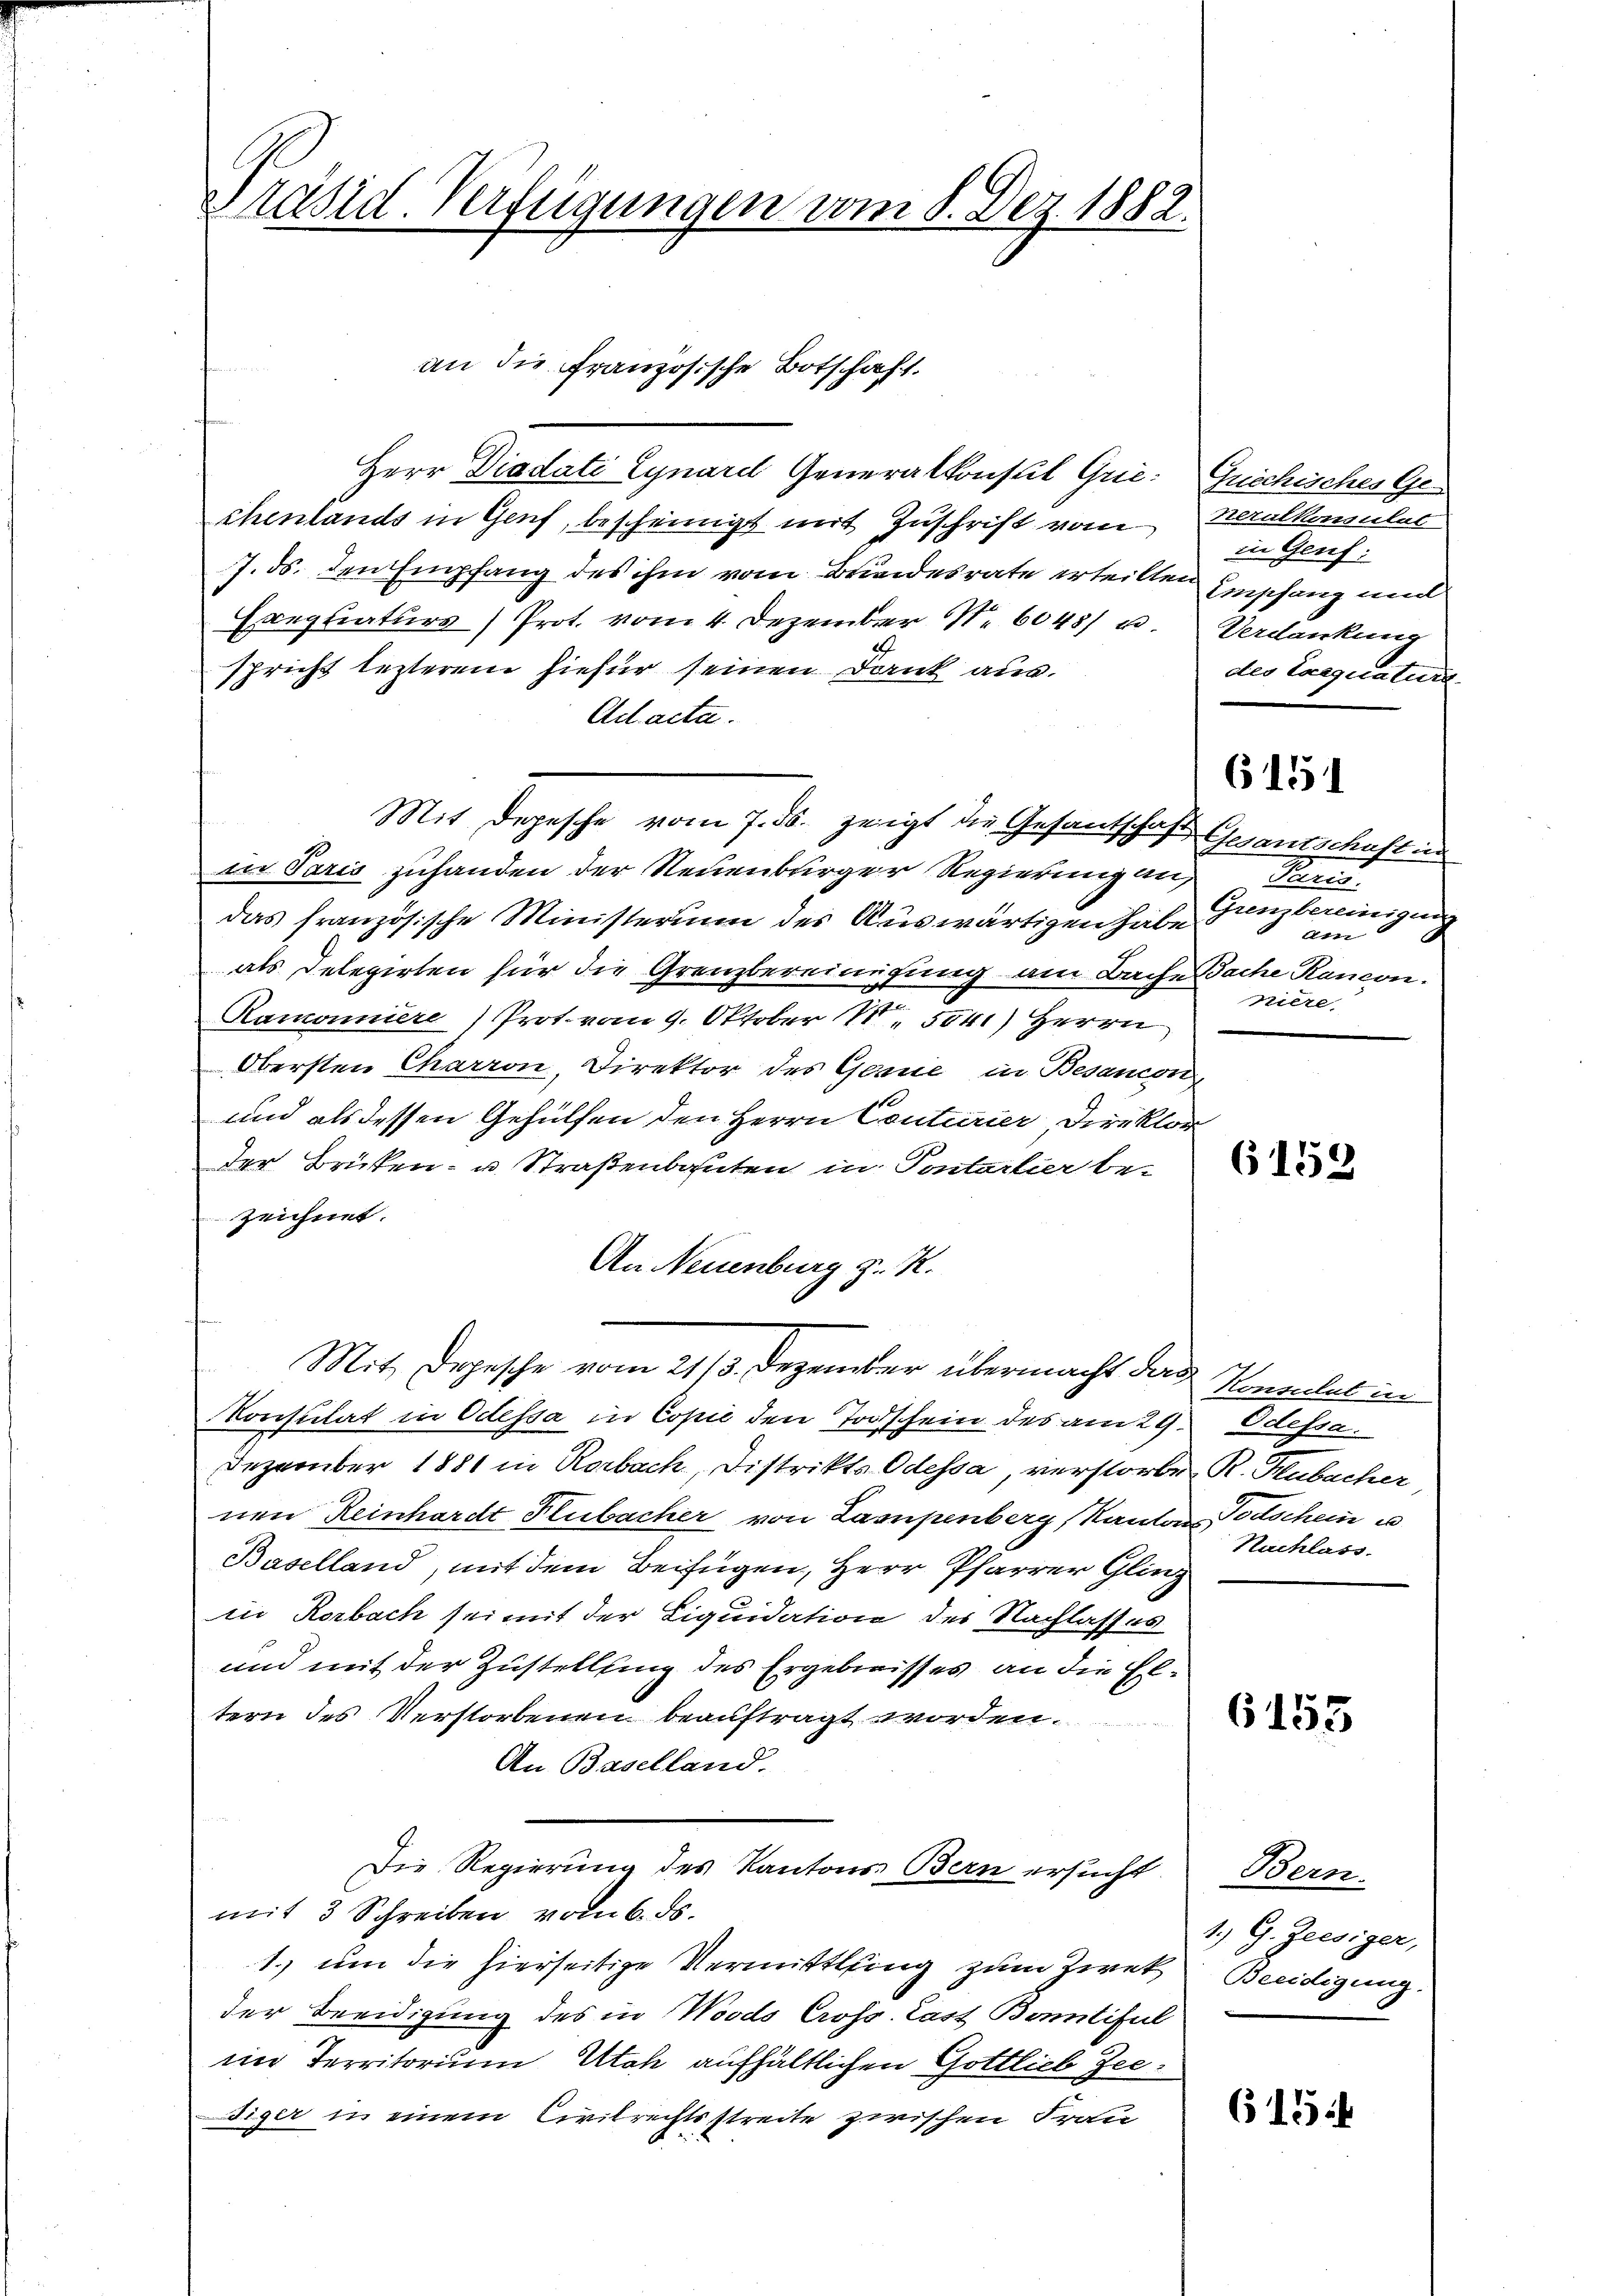
Präsid. Verfügungen vom 8. Dez. 1882.

Herr Diadati Lynare Generalkonstil Grie. Guechisches Gechenlands in Genf, bescheinigt mit Zuschrift vom Heralkommulat
7. ds. den Empfang des ihm vom Brandesrate erteilten Einschanz und
Exequaturs) Prot. vom 4. Dezember N. 6045) u. Verdankung
spricht lezterem hiefür seinen Dank aus.
Ad acta.
Mit Depesche vom 7. ds. zeigt die Gesantschaft
in Paris zuhanden der Neuenburger Regierung an,
das französische Ministerium des Auswärtigen habe
als Delegirten für die Grenzbereinigung am Bache Sache Rancon-
Ramonniere Prot. vom 9. Oktober II 504.) Herrn
Obersten Charron, Direktor des Gesie in Besancon
und als dessen Gehülfen den Herrn Conturier Direktorder Brüken- u. Straßenbauten in Pontarlier bei
zeichnet.
An Neuenburg z. R.
Mit Depesche vom 21/3. Dezember übermacht das Konsulat in
Konsulat in Odessa in Copić den Todschein des am 29. Odessa.
Dezember 1881 in Rorbach, Distrikts Odessa, verstorben R. Hubacher
nen Reinhardt Flubacher von Lampenberg, Kantons Todtschein u
Baselland, mit dem Beifügen, Herr Pfarrer Gling
in Rorbach sei mit der Liquidation des Nachlasses
und mit der Zustellung des Ergebnisses an die Eltern des Verstorbenen beauftragt worden.
An Baselland.
Die Regierung des Kantons Bern ersucht Bern-
mit 3 Schreiben vom 6. ds.
1. um die hierseitige Vermittling zum Zwek Beeidigung.
der Beeidigung des in Woods Cross. Last Bontiful
ier Territorium Utah aufhältlichen Gottlieb Zeediger in einem Civilrechtsstreite zwischen Fran

an die Französische Botschaft.

in Genf:
des Exequatur

6151

Gesamtschaften
Peris
Grenzbereinigung
Ain
niere.

6152

Nachlass.

6155

1. G. Ziesiger,

615: